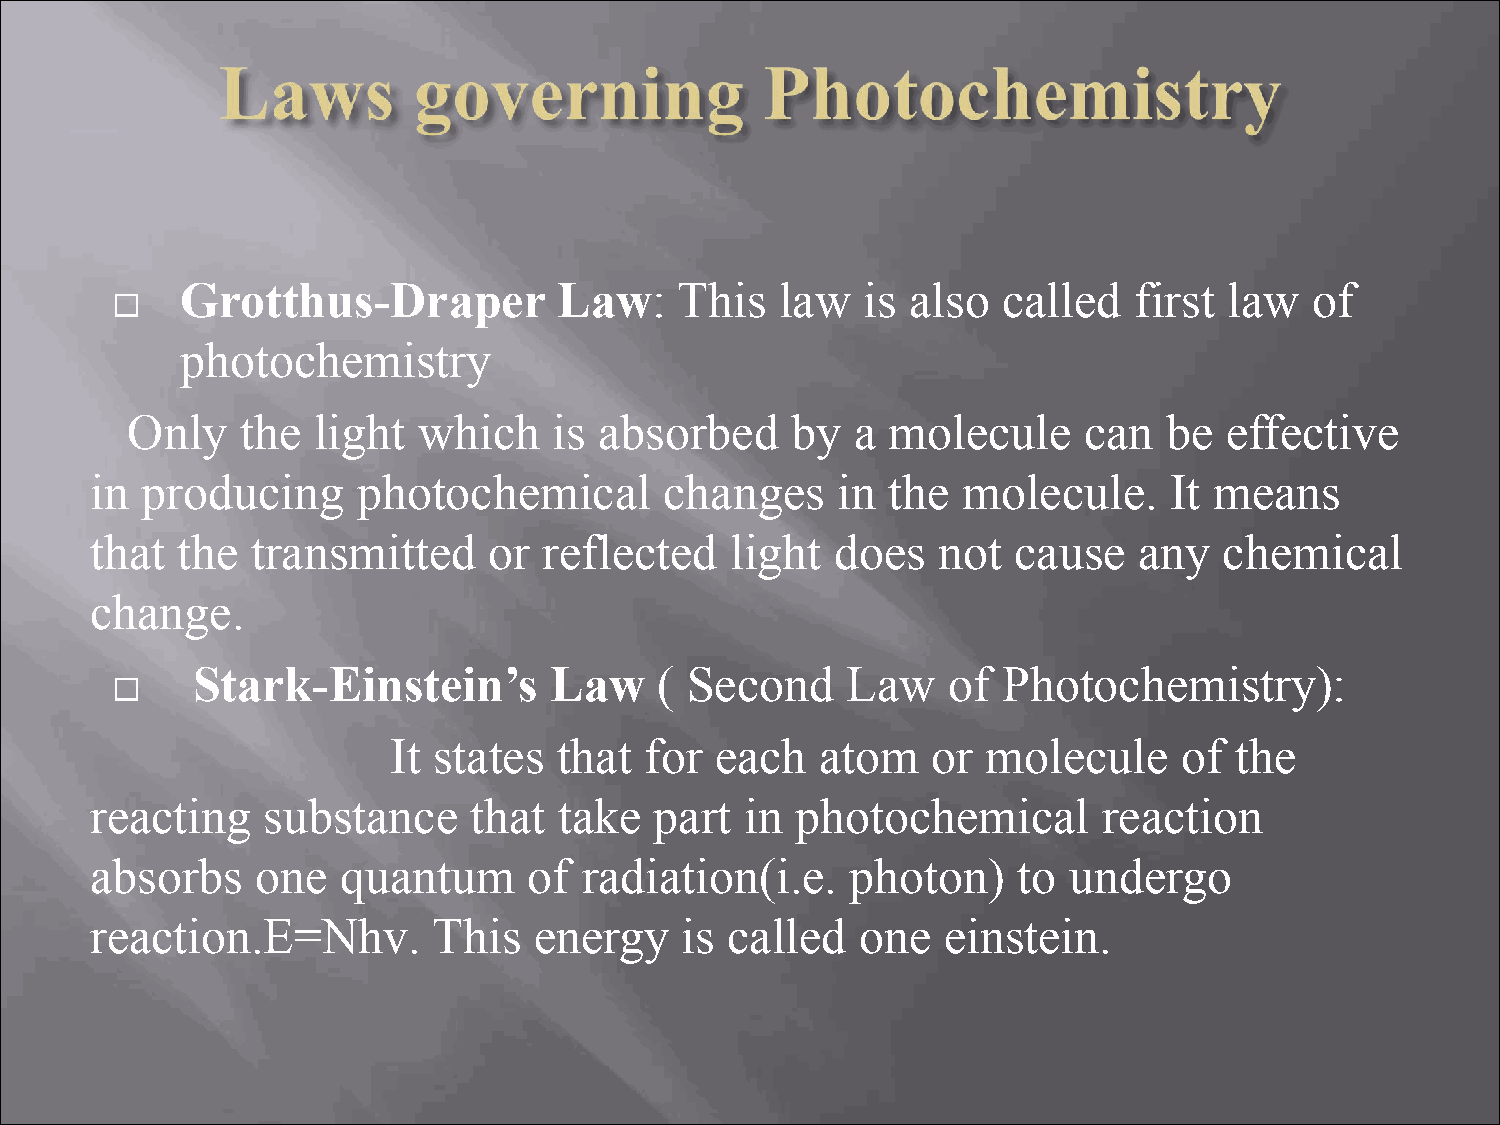
Grotthus-Draper          Law:    This   law  is also  called   first law   of
 
 photochemistry
 Only    the  light  which    is absorbed    by   a molecule     can  be  effective
 in producing      photochemical       changes    in  the  molecule.    It means
 that  the  transmitted    or  reflected   light  does   not  cause   any   chemical
 change.
 Stark-Einstein’s       Law     ( Second    Law    of Photochemistry):
 
 It states  that  for each   atom    or molecule     of  the
 reacting   substance     that  take  part  in  photochemical       reaction
 absorbs    one   quantum     of  radiation(i.e.   photon)    to  undergo
 reaction.E=Nhv.        This  energy    is called   one  einstein.